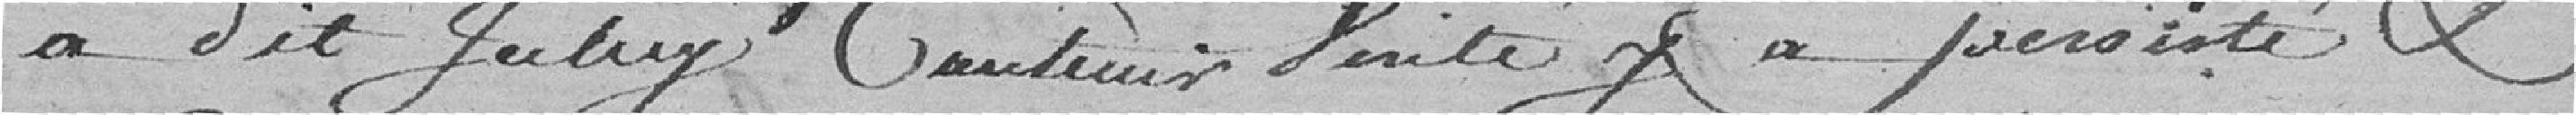
a dit iceluy contenir vérité y a persisté et